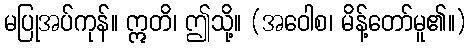
မပြုအပ်ကုန်။ ဣတိ၊ ဤသို့။ (အဝေါစ၊ မိန့်တော်မူ၏။)